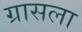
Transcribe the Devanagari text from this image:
ग्रासला